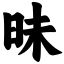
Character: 昧